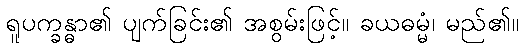
ရူပက္ခန္ဓာ၏ ပျက်ခြင်း၏ အစွမ်းဖြင့်။ ခယဓမ္မံ၊ မည်၏။